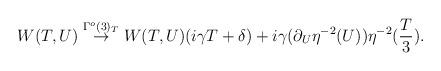
LaTeX: \begin{align*}W(T,U) \stackrel{\Gamma^o(3)_{T}}{\rightarrow} W(T,U)(i \gamma T+ \delta)+i\gamma (\partial_{U} \eta^{-2}(U)) \eta^{-2}(\frac{T}{3}).\end{align*}